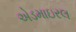
એડમાઇરલ